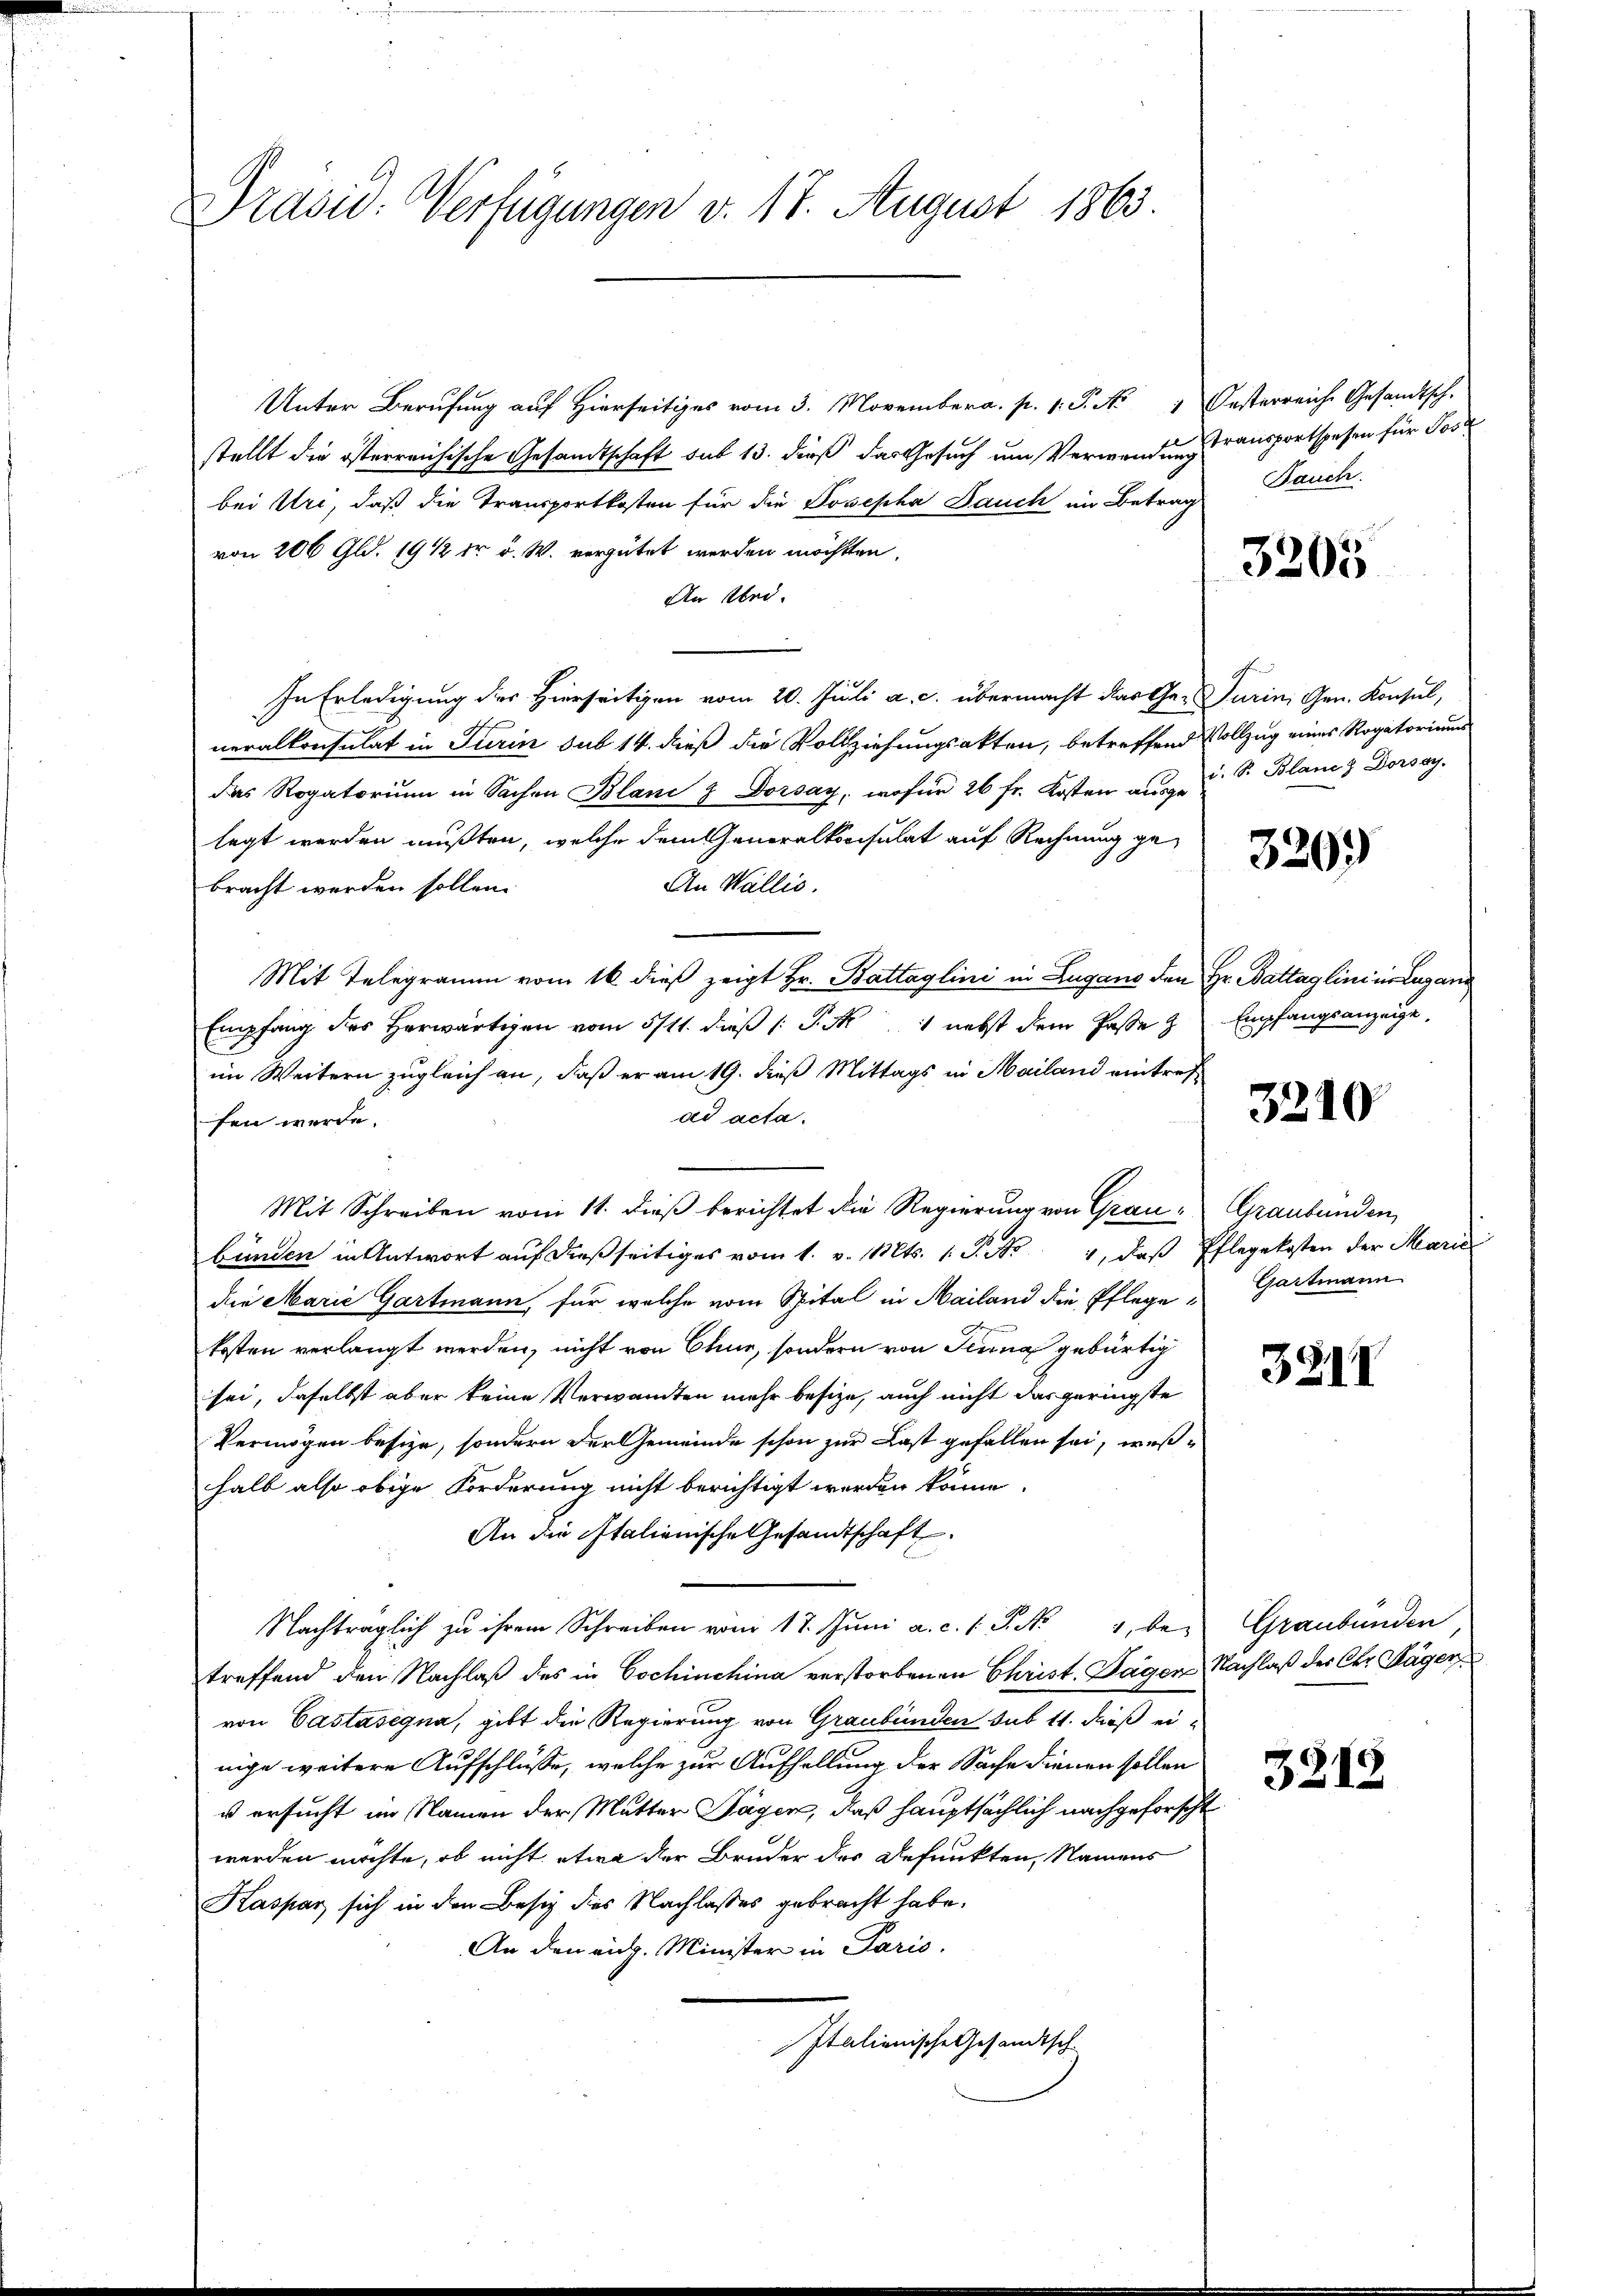
Präsid. Verfügungen v. 17. August 1863.

Unter Berufung auf Hierseits vom 3. November a. p. 1. P. Nr. Oesterreiche Gesandtsch.
stellt die österreichische Gesandtschaft sub 13. dieß das Gesuch um Verwendungsansportspesen für Jos
bei Uri, daß die Transportkosten für die Josepha Bauch im Betrag Bauch
von 200 Gld. 19 1/2 dr d. W. vergütet werden möchten
An sei.
In Erledigung des Hierseitigen vom 20. Juli a. c. übermacht das Ge- Turin, Gen. Konsul,
neralkonsulat in Turin sub 14. dieß die Vollziehungsakten, betreffend Vollzug eines Rogatorium
das Rogatorium in Sachen Blani & Dorsay, wofür 26 fr. Kosten aus u. S. Blanc & Dorsey.
legt werden müßten, welche dem eneralkonsulat auf Rechnung ge¬
An Wallis.
bracht werden sollen.
Mit Telegramm vom 16. dieß zeigt Hr. Battaglini in Lugano den Hr. Battaglini in Lugang
Empfang des Horwärtigen vom 5/11. dieß P. M. nebst dem Jasse & Empfangsanzeige,
im Weitern zugleich an, daß er am 19. dieß Mittags in Mailand eintrefad acta.
fen werde.
Mit Schreiben vom 11. dieß berichtet die Regierung von Grau- Graubünden
bünden in Antwort auf dießseitiges vom 1. v. Mts. 1 S. No 1, daß Pflegekosten der Marie
die Marie Gartmann, für welche vom Spital in Mailand die Pflegekosten verlangt werden, nicht von Chur, sondern von Jena gebürtig
sei, daselbst aber keine Verwandten mehr besize, auch nicht das geringste
Vermögen besize, sondern der Gemeinde schon zur Last gefallen sei, weßhalb also obige Forderung nicht berichtigt worden könne.
An die Italienische Gesandtschaft.
Nachträglich zu ihrem Schreiben vom 17. Juni a. c. 1 S. Nr. 4, bei Graubünden
treffend den Nachlaß des in Gschinchina verstorbenen Christ. Dager, Nachlaß des Chr. Sager
von Castasegna, gibt die Regierung von Graubünden sub 11. dieß ei-
nige weitere Aufschlüsse, welche zur Aufhellung der Sache dienen sollen
u ersucht im Namen der Mutter Tagen, daß hauptsächlich nachgeforscht
werden möchte, ob nicht etwa der Bruder der Befunkten, Namens
Kaspar sich in den Besiz des Nachlasses gebracht habe.
An den eidg. Minister in Paris.
Italienische Gesandtsch-

3205

320.

3240

Gartmann

32II

3218